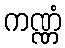
ကဏ္ဏံ